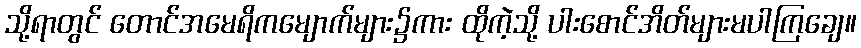
သို့ရာတွင် တောင်အမေရိကမျောက်များ၌ကား ထိုကဲ့သို့ ပါးစောင်အိတ်များမပါကြချေ။